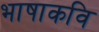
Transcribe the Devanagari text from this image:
भाषाकवि